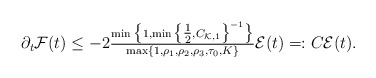
\begin{align*}\partial_{t} \mathcal{F}(t)\leq -2 \tfrac{\min\big\{1, \min\big\{\tfrac{1}{2}, C_{\mathcal{K}, 1}\big\}^{-1}\big\}}{\max\{1, \rho_{1}, \rho_{2}, \rho_{3}, \tau_{0}, K\}} \mathcal{E}(t) =: C \mathcal{E}(t).\end{align*}